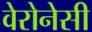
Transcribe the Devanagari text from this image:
वेरोनेसी